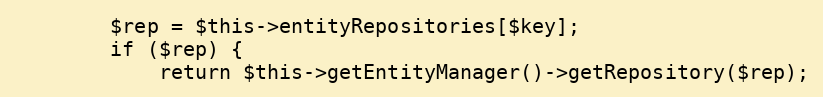
Language: PHP
        $rep = $this->entityRepositories[$key];
        if ($rep) {
            return $this->getEntityManager()->getRepository($rep);